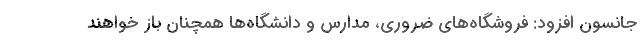
جانسون افزود: فروشگاه‌های ضروری، مدارس و دانشگاه‌ها همچنان باز خواهند